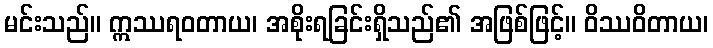
မင်းသည်။ ဣဿရဝတာယ၊ အစိုးရခြင်းရှိသည်၏ အဖြစ်ဖြင့်။ ဝိဿဝိတာယ၊